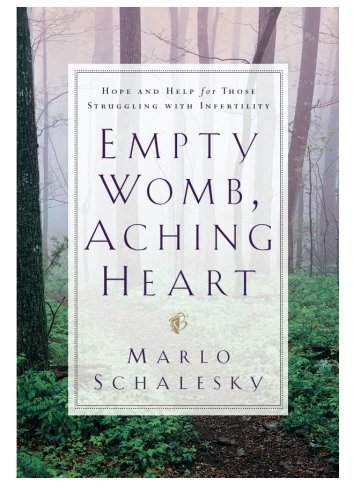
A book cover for Empty Womb, Aching Heart: Hope and Help for Those Struggling With Infertility; Marlo Schalesky; Parenting & Relationships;